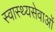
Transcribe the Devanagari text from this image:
स्वास्थ्यसेवाओं